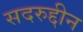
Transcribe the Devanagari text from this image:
सदरुद्दीन